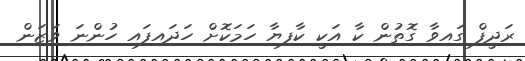
ރަދީފް ގައިވާ ގޮތުން ކާ އަކީ ކާފިޔާ ހަމަކޮށް ހަދައިފައި ހުންނަ ވަޒަން